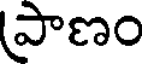
పాణం